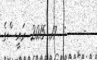
-    :  17